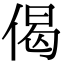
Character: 偈